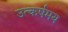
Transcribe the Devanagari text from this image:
उत्कर्षमय